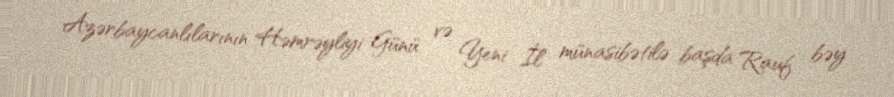
Azərbaycanlılarının Həmrəyliyi Günü və Yeni İl münasibətilə başda Rauf bəy